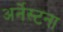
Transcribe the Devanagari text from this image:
अर्नेस्टना